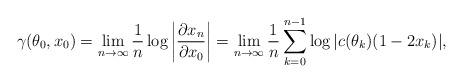
LaTeX: \begin{align*}\gamma(\theta_0, x_0) = \lim \limits_{n \to \infty} \frac1n \log \left| \frac{\partial x_n}{\partial x_0} \right| =\lim \limits_{n \to \infty} \frac1n \sum \limits_{k = 0}^{n-1} \log |c(\theta_k)(1-2x_k)|,\end{align*}